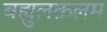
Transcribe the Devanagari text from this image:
बह्युलक़लम